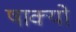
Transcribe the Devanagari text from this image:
षाक्यो